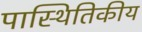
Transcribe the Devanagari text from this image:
पास्थितिकीय